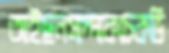
আইছনসাদ্দাকচেকডি